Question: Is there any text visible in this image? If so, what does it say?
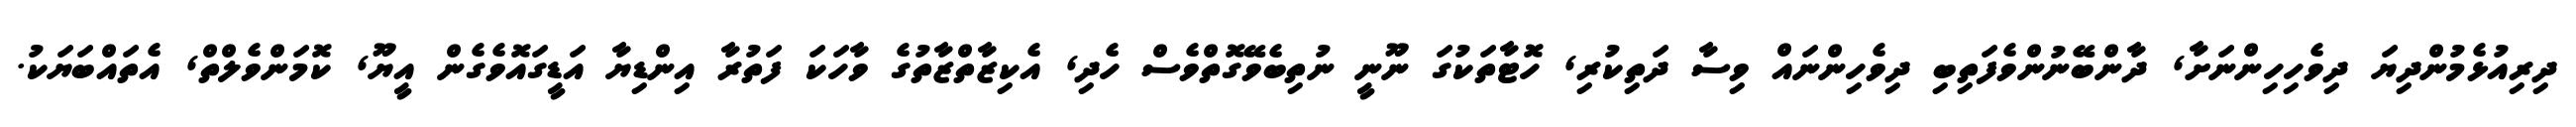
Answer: ދިރިއުޅެމުންދިޔަ ދިވެހިހިންނަށާ, ދާންބޭނުންވެފަތިބި ދިވެހިންނައް ވިސާ ދަތިކުރި, ހޮޓާތަކުގަ ނޫނީ ނުތިބެވޭގޮތްވެސް ހެދި, އެކިޒާތްޒާތުގެ ވާހަކަ ފަތުރާ އިންޑިޔާ އަޑީގައޮވެގެން އީޔޫ, ކޮމަންވެލްތް, އެތައްބަޔަކު.